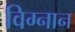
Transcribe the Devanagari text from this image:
विग्नान